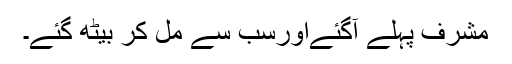
مشرف پہلے آگئےاورسب سے مل کر بیٹھ گئے۔